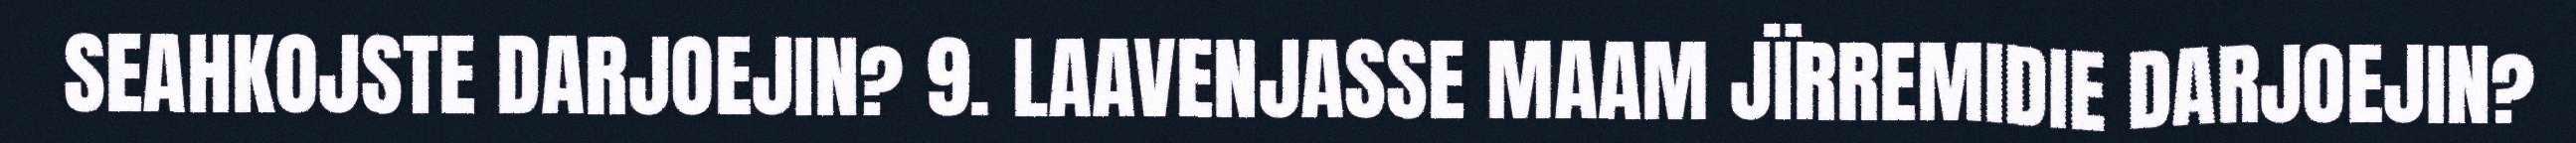
SEAHKOJSTE DARJOEJIN? 9. LAAVENJASSE MAAM JÏRREMIDIE DARJOEJIN?